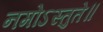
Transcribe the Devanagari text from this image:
नमोऽस्तुते॥